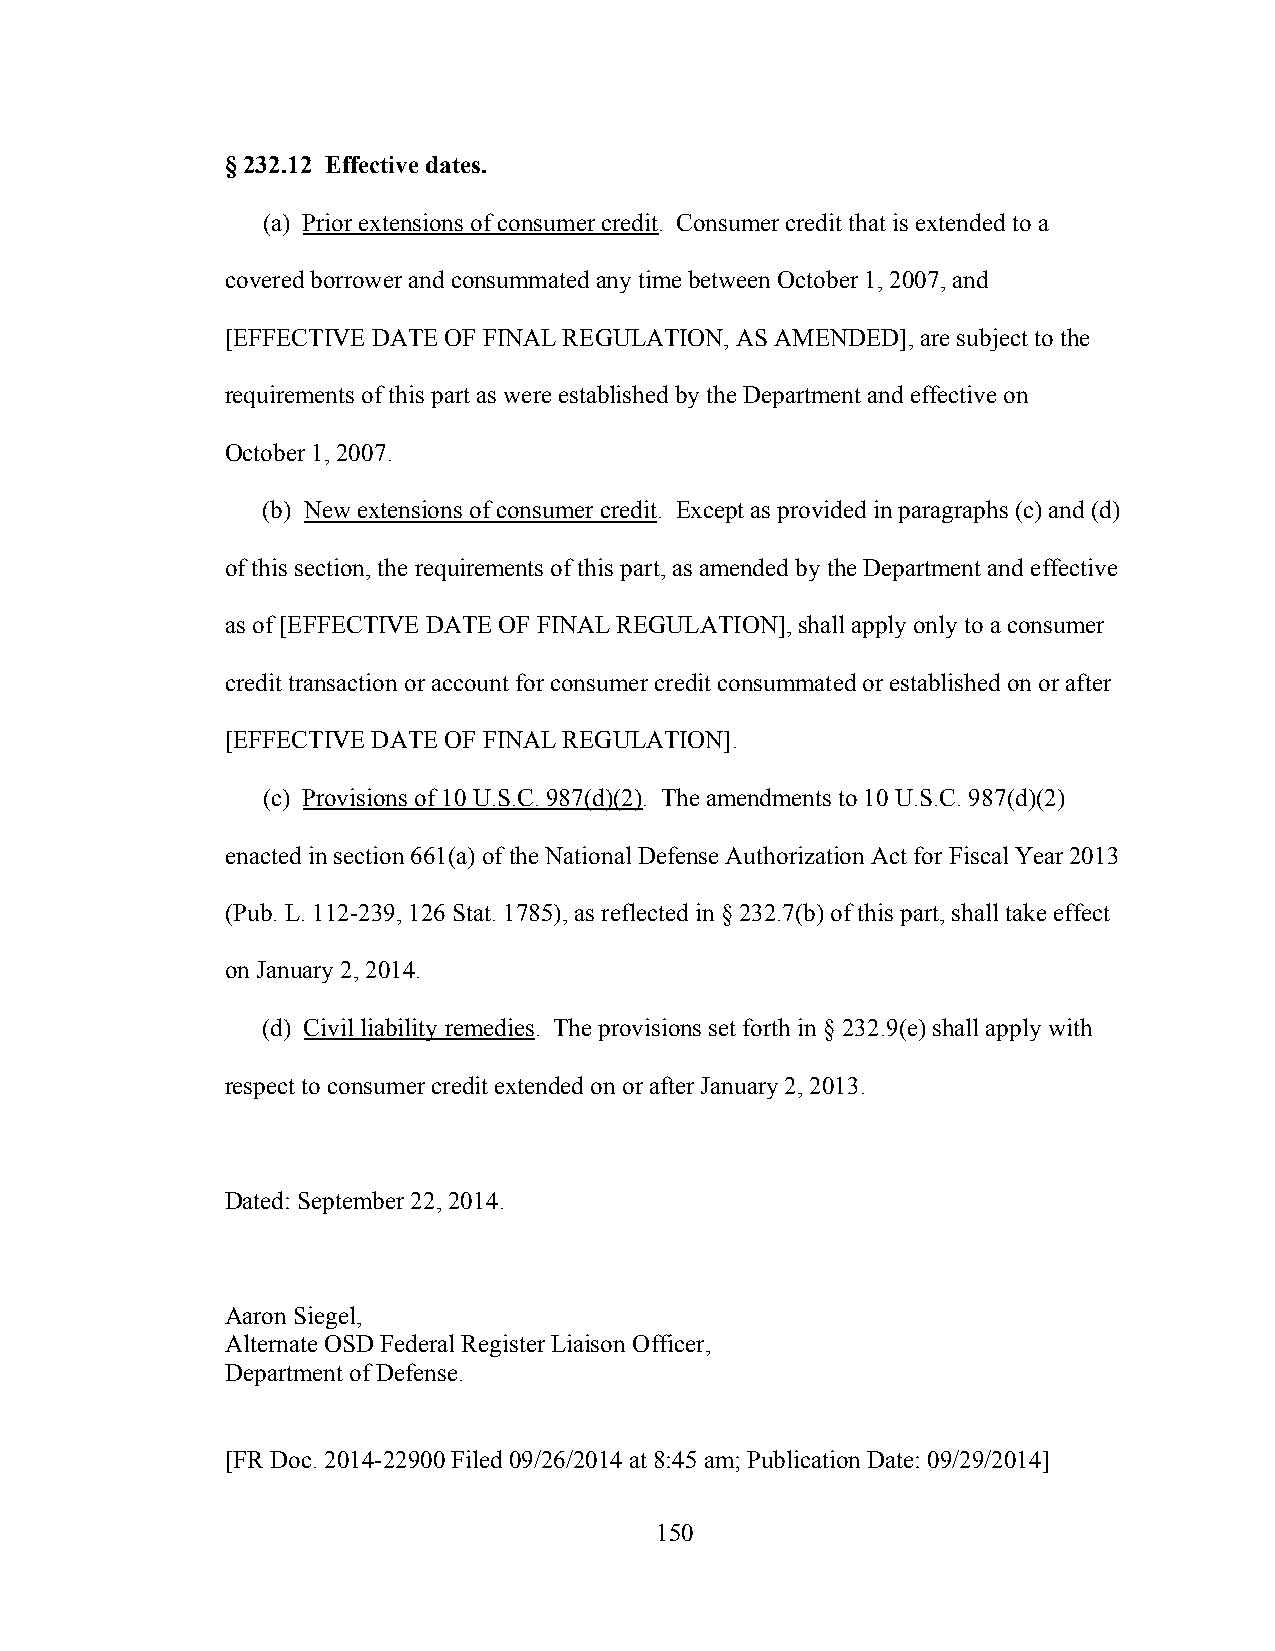
§ 232.12 Effective dates.
 (a) Prior extensions of consumer credit. Consumer credit that is extended to a
 covered borrower and consummated any time between October 1, 2007, and
 [EFFECTIVE DATE OF FINAL REGULATION, AS AMENDED], are subject to the
 requirements of this part as were established by the Department and effective on
 October 1, 2007.
 (b) New extensions of consumer credit. Except as provided in paragraphs (c) and (d)
 of this section, the requirements of this part, as amended by the Department and effective
 as of [EFFECTIVE DATE OF FINAL REGULATION], shall apply only to a consumer
 credit transaction or account for consumer credit consummated or established on or after
 [EFFECTIVE DATE OF FINAL REGULATION].
 (c) Provisions of 10 U.S.C. 987(d)(2). The amendments to 10 U.S.C. 987(d)(2)
 enacted in section 661(a) of the National Defense Authorization Act for Fiscal Year 2013
 (Pub. L. 112-239, 126 Stat. 1785), as reflected in § 232.7(b) of this part, shall take effect
 on January 2, 2014.
 (d) Civil liability remedies. The provisions set forth in § 232.9(e) shall apply with
 respect to consumer credit extended on or after January 2, 2013.
 Dated: September 22, 2014.
 Aaron Siegel,
 Alternate OSD Federal Register Liaison Officer,
 Department of Defense.
 [FR Doc. 2014-22900 Filed 09/26/2014 at 8:45 am; Publication Date: 09/29/2014]
 150